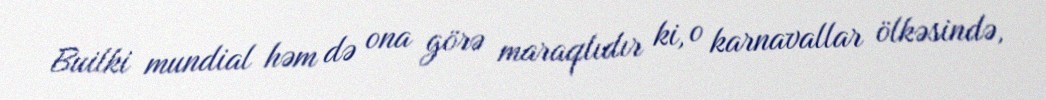
Builki mundial həm də ona görə maraqlıdır ki, o karnavallar ölkəsində,